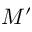
M ^ { \prime }